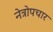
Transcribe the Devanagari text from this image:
नेत्रोपचार